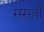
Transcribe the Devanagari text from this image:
ससतो